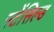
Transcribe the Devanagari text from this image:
स्टेंसिल्ड